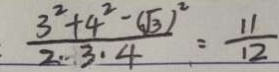
\frac { 3 ^ { 2 } + 4 ^ { 2 } - ( \sqrt { 3 } ) ^ { 2 } } { 2 \cdot 3 \cdot 4 } = \frac { 1 1 } { 1 2 }